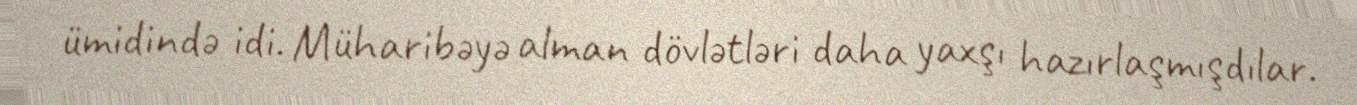
ümidində idi. Müharibəyə alman dövlətləri daha yaxşı hazırlaşmışdılar.